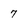
Character: 7